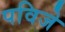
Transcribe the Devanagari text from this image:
पविजे